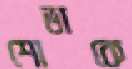
শোভাকে